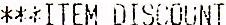
***ITEM DISCOUNT